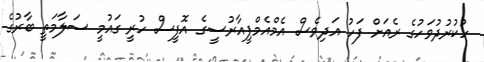
ހުކުރުދުވަހުގެ ރެެއަށް ފަހު އަދިވެސް އެމްއެމްޕީއާރުސީގެ އޮފީސް ހުރީ ގައުމީ ސަލާމަތީ ބާރުގެ